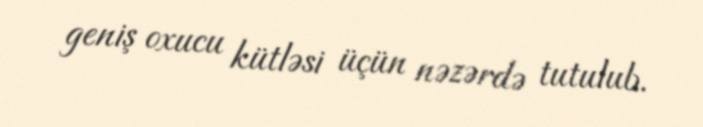
geniş oxucu kütləsi üçün nəzərdə tutulub.